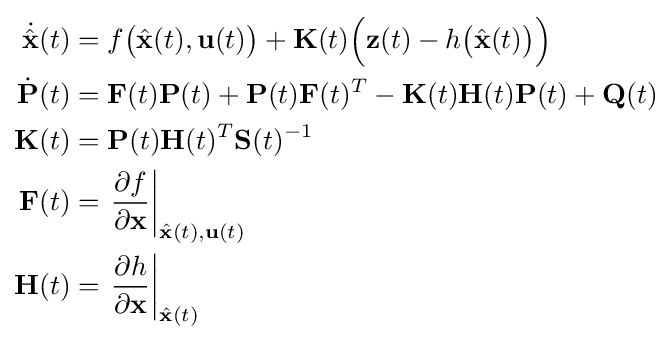
{\begin{aligned}{\dot {\hat {\mathbf {x} }}}(t)&=f{\bigl (}{\hat {\mathbf {x} }}(t),\mathbf {u} (t){\bigr )}+\mathbf {K} (t){\Bigl (}\mathbf {z} (t)-h{\bigl (}{\hat {\mathbf {x} }}(t){\bigr )}{\Bigr )}\\{\dot {\mathbf {P} }}(t)&=\mathbf {F} (t)\mathbf {P} (t)+\mathbf {P} (t)\mathbf {F} (t)^{T}-\mathbf {K} (t)\mathbf {H} (t)\mathbf {P} (t)+\mathbf {Q} (t)\\\mathbf {K} (t)&=\mathbf {P} (t)\mathbf {H} (t)^{T}\mathbf {S} (t)^{-1}\\\mathbf {F} (t)&=\left.{\frac {\partial f}{\partial \mathbf {x} }}\right\vert _{{\hat {\mathbf {x} }}(t),\mathbf {u} (t)}\\\mathbf {H} (t)&=\left.{\frac {\partial h}{\partial \mathbf {x} }}\right\vert _{{\hat {\mathbf {x} }}(t)}\end{aligned}}